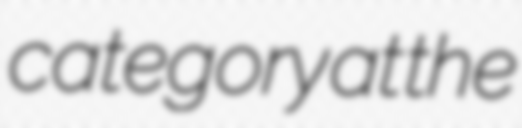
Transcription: category at the